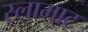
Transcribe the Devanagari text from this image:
स्लामाट